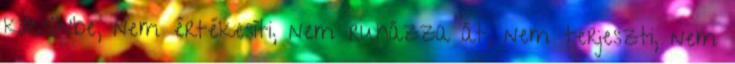
kölcsönbe, nem értékesíti, nem ruházza át, nem terjeszti, nem